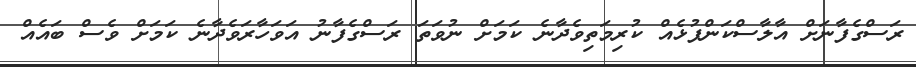
ރަސްގެފާނަށް އާލާސްކަންފުޅެއް ކުރިމަތިވެދާނެ ކަމަށް ނުވަތަ ރަސްގެފާނު އަވަހާރަވެދާނެ ކަމަށް ވެސް ބައެއް